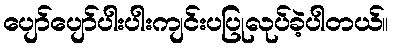
ပျော်ပျော်ပါးပါးကျင်းပပြုလုပ်ခဲ့ပါတယ်။